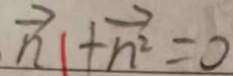
\overrightarrow { n } + \overrightarrow { n ^ { 2 } } = 0